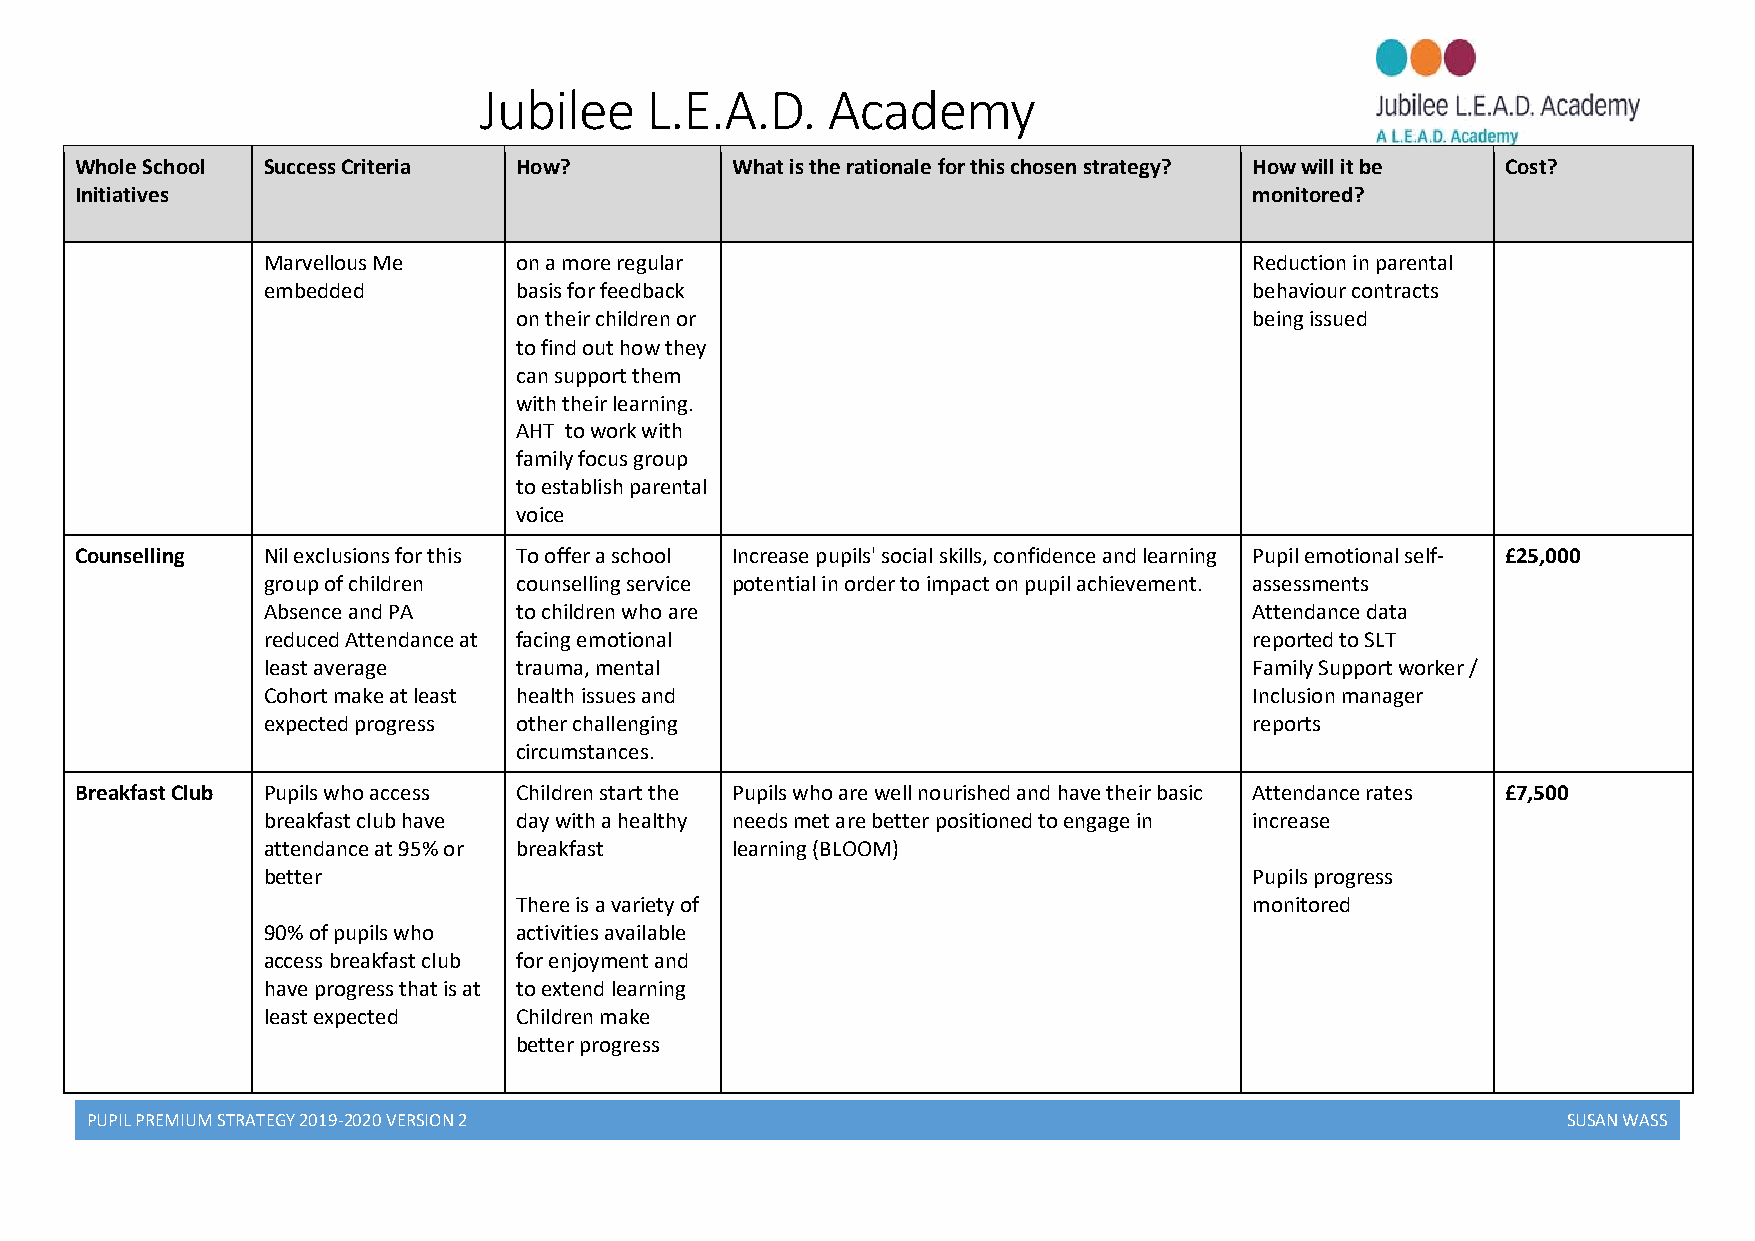
Jubilee    L.E.A.D.    Academy
 Whole School Success Criteria How?         What is the rationale for this chosen strategy? How will it be Cost?
 Initiatives                                                                   monitored?
 Marvellous Me    on a more regular                                Reduction in parental
 embedded         basis for feedback                               behaviour contracts
 on their children or                             being issued
 to find out how they
 can support them
 with their learning.
 AHT to work with
 family focus group
 to establish parental
 voice
 Counselling Nil exclusions for this To offer a school Increase pupils' social skills, confidence and learning Pupil emotional self- £25,000
 group of children counselling service potential in order to impact on pupil achievement. assessments
 Absence and PA   to children who are                              Attendance data
 reduced Attendance at facing emotional                            reported to SLT
 least average    trauma, mental                                   Family Support worker /
 Cohort make at least health issues and                            Inclusion manager
 expected progress other challenging                               reports
 circumstances.
 Breakfast Club Pupils who access Children start the Pupils who are well nourished and have their basic Attendance rates £7,500
 breakfast club have day with a healthy needs met are better positioned to engage in increase
 attendance at 95% or breakfast learning (BLOOM)
 better                                                            Pupils progress
 There is a variety of                            monitored
 90% of pupils who activities available
 access breakfast club for enjoyment and
 have progress that is at to extend learning
 least expected   Children make
 better progress
 PUPIL PREMIUM STRATEGY 2019-2020 VERSION 2                                                        SUSAN WASS